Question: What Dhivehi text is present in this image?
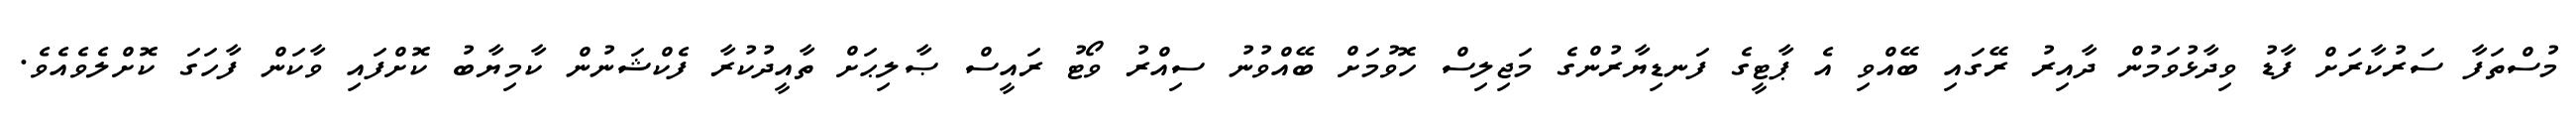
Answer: މުސްތަފާ ސަރުކާރަށް ފާޑު ވިދާޅުވަމުން ދާއިރު ރޭގައި ބޭއްވި އެ ޕާޓީގެ ފަނޑިޔާރުންގެ މަޖިލިސް ހޮވުމަށް ބޭއްވުނު ސިއްރު ވޯޓު ރައީސް ޞާލިޙަށް ތާއީދުކުރާ ފެކްޝަނުން ކާމިޔާބު ކޮށްފައި ވާކަން ފާހަގަ ކޮށްލެވެއެވެ.